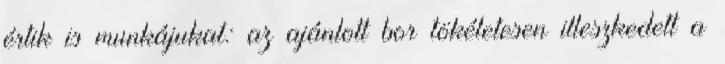
értik is munkájukat: az ajánlott bor tökéletesen illeszkedett a